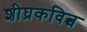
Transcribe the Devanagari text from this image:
शीघ्रकवित्व